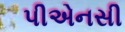
પીએનસી